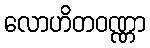
လောဟိတဝဏ္ဏာ